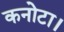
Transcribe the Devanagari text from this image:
कनोटा।